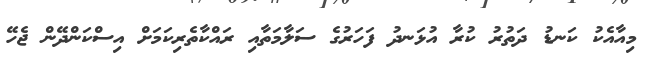
މިއާއެކު ކަނޑު ދަތުރު ކުރާ އުޅަނދު ފަހަރުގެ ސަލާމަތާއި ރައްކާތެރިކަމަށް އިސްކަންދޭން ޖެހޭ